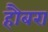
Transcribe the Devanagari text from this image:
हौबरा